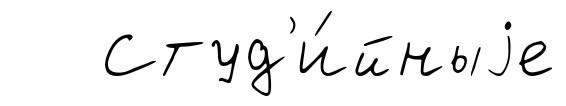
Студ'и́йныjе